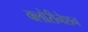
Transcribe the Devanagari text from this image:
क्लोरीनेशन